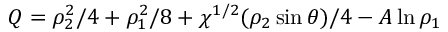
Q = \rho _ { 2 } ^ { 2 } / 4 + \rho _ { 1 } ^ { 2 } / 8 + \chi ^ { 1 / 2 } ( \rho _ { 2 } \sin \theta ) / 4 - A \ln \rho _ { 1 }